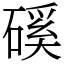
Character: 磎